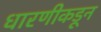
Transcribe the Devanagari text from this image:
धारणीकडून